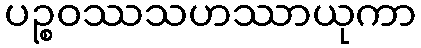
ပဉ္စဝဿသဟဿာယုကာ